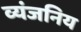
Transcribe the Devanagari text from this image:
व्यंजनिय